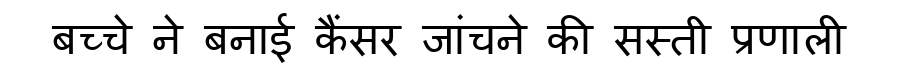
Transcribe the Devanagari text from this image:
बच्चे ने बनाई कैंसर जांचने की सस्ती प्रणाली